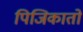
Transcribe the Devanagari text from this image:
पिजिकातो